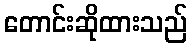
တောင်းဆိုထားသည်